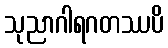
သုညာဂါရဂတဿပိ